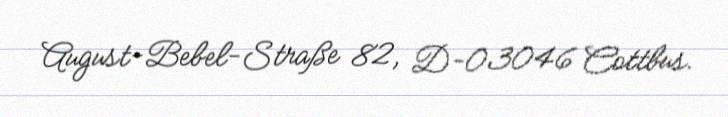
August-Bebel-Straße 82, D-03046 Cottbus.